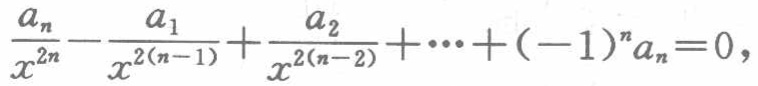
$\frac{a_{n}}{x^{2n}}-\frac{a_{1}}{x^{2(n - 1)}}+\frac{a_{2}}{x^{2(n - 2)}}+\cdots+(-1)^{n}a_{n}=0,$